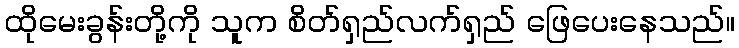
ထိုမေးခွန်းတို့ကို သူက စိတ်ရှည်လက်ရှည် ဖြေပေးနေသည်။